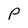
Character: p